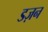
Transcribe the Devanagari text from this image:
डज़न